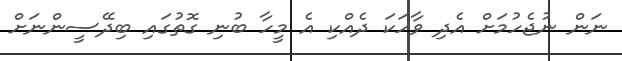
ނަން ނުޖެހުމަށް އެދި ވާހަކަ ދެއްކި އެ މީހާ ބުނި ގޮތުގައި ބިދޭސީންނަށް